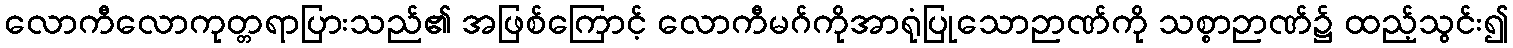
လောကီလောကုတ္တရာပြားသည်၏ အဖြစ်ကြောင့် လောကီမဂ်ကိုအာရုံပြုသောဉာဏ်ကို သစ္စာဉာဏ်၌ ထည့်သွင်း၍